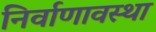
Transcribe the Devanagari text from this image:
निर्वाणावस्था